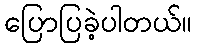
ပြောပြခဲ့ပါတယ်။